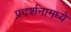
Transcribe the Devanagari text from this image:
प्रदर्शनामध्ये